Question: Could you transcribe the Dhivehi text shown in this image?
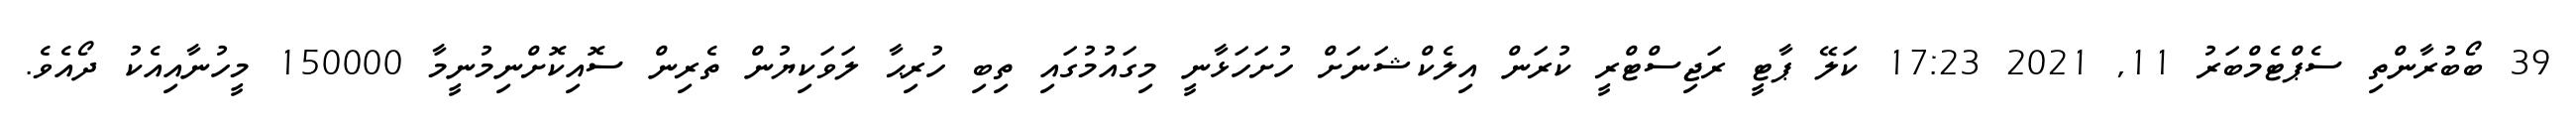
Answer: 39 ބޯބުރާންތި ސެޕްޓެމްބަރު 11, 2021 17:23 ކަލޭ ޕާޓީ ރަޖިސްޓްރީ ކުރަން އިލެކްޝަނަށް ހުށަހަޅާނީ މިގައުމުގައި ތިބި ހުރިޙާ ލަވަކިޔުން ތެރިން ސޮއިކޮށްނިމުނީމާ 150000 މީހުނާއިއެކު ދޯއެވެ.